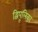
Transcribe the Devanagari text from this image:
द्विपूलिका